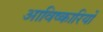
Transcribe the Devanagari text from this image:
आविष्कारियों